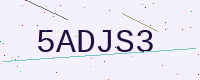
Text: 5ADJS3